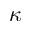
\kappa